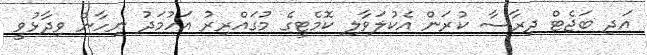
އަދި ބަޖެޓް ދިރާސާ ކުރަން އެކުލަވާލި ކޮމެޓީގެ މުގައްރިރު އަހުމަދު ނިހާން ވިދާޅުވީ